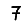
Digit: 7